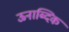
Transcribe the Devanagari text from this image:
ऊनाब्दिक